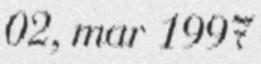
02, mar 1997